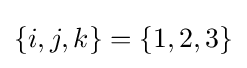
\{i,j,k\}=\{1,2,3\}